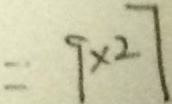
= 9 \times 2 7